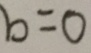
b = 0